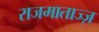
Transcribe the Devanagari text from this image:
राजमाताज्ज़